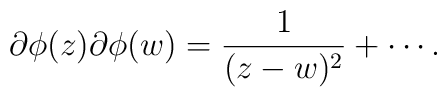
\partial \phi (z) \partial \phi (w) = \frac{1}{(z - w)^{2}} +    \cdots .